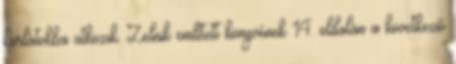
korlátokba ütközik. Zelnik említett könyvének 14. oldalán a kö­vet­kező